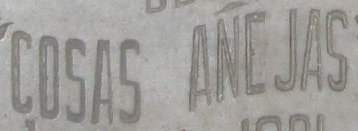
COSAS ANCJAS